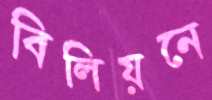
বিলিয়নে